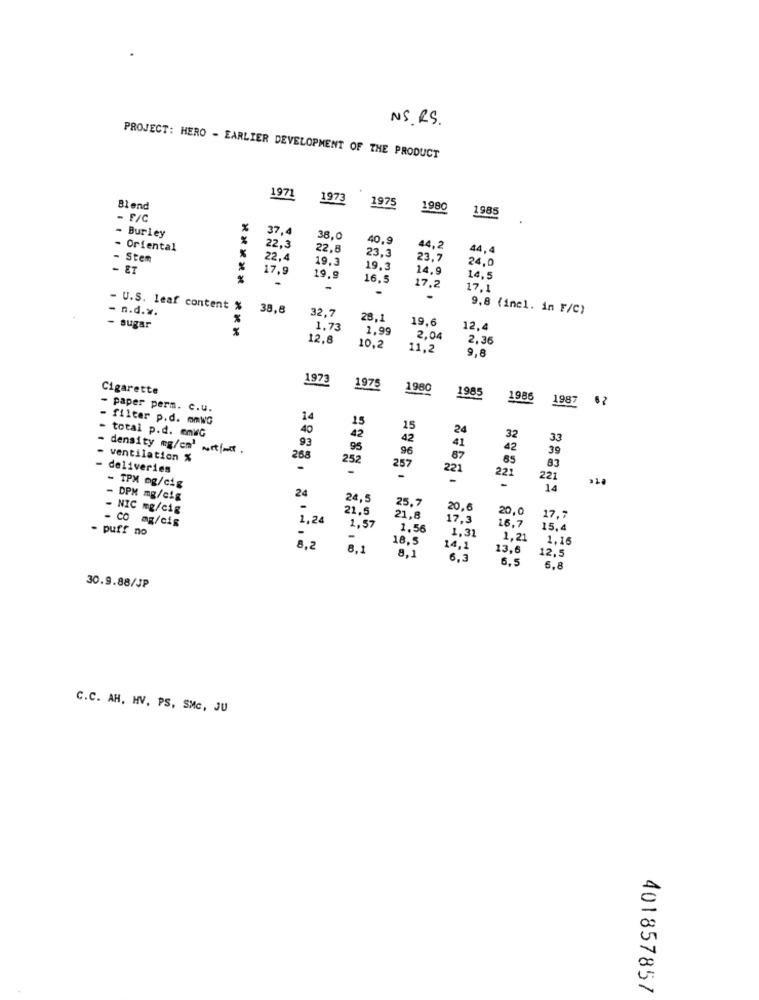
NS RS .
PROJECT: HERO - EARLIER DEVELOPMENT OF THE PRODUCT
1971
1973
1975
Blend
1980
1985
- F/C
%
37,4
- Burley
%
38,0
40,9
- Oriental
22.3
22,8
44,2
44,4
Stem
22.4
19.3
23,3
23.7
24.0
ET
17.9
19.3
14.9
.
19.9
16.5
14.5
-
17.2
17.1
-
- n.d.w.
- U.S. leaf content %
38,8
32.7
9.8 (incl. in F/C)
%
28.1
19.6
- sugar
1.73
1.99
12.4
12.8
2.04
2,36
10.2
11.2
9,8
1973
Cigarette
1975
1980
1985
1986
1987
- paper perm. c.u.
- filter p.d. mmWG
14
15
40
42
15
24
total p.d. emWG
93
42
32
33
- density mg/cm' mit(mit .
95
96
41
42
39
- ventilation %
268
252
87
65
83
deliveries
257
221
221
-
-
221
- TPM mg/cig
24
-
14
- DPH mg/cig
24.5
25.7
- NIC mg/cig
21,5
20,6
20.0
- CO mg/cis
1,24
21.8
17.3
16.7
17.7
- puff no
2,57
1.56
1.31
15.4
-
-
18.5
1.21
1,16
8.2
8.1
14,1
13,6
8.1
6.3
6.5
12,5
6.8
30.9.88/JP
C.C. AH, HV. PS, SMC, JU
401857857